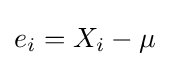
e_{i}=X_{i}-\mu